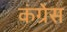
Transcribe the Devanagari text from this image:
कंग्रेस